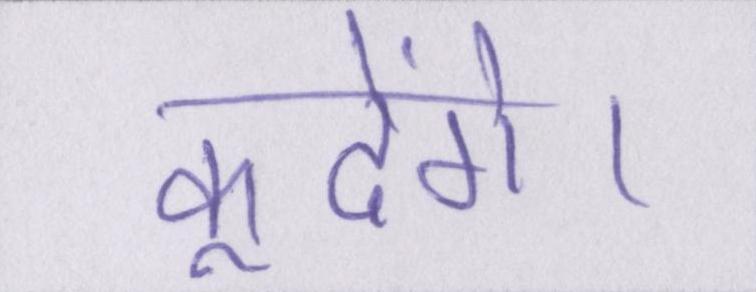
कूदेंगे।